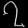
Digit: ၇